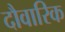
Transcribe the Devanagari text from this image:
दौवारिक